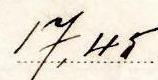
17,45